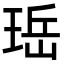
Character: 𪻬